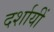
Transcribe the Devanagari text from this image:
दर्शायीं